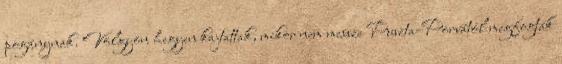
pogánynak. Völgyön hegyen kajtattak, mikor nem messze Puszta-Porvától megfogták